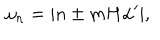
\omega _ { n } = | n \pm m H \alpha ^ { \prime } | ,